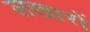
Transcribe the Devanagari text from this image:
लखारों